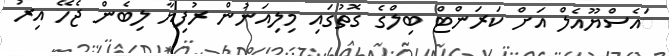
ަައެސްޔޫއެލް އަށް ކަރަންޓް ބިލްގެ ގޮތުގައި މިލިއަނުން ރުފިޔާ ލިބެން ޖެހޭ އިރު